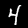
Label: 4